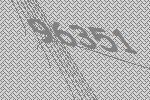
96351